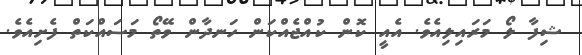
ޝިފާ ލޯ މަރައިލިއެވެ. އެއީ ކޮން ކުއްޖެއްކަން ހަނދާން ވޭތޯ މަސައްކަތް ފެށިއެވެ.